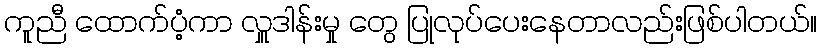
ကူညီ ထောက်ပံ့ကာ လှူဒါန်းမှု တွေ ပြုလုပ်ပေးနေတာလည်းဖြစ်ပါတယ်။